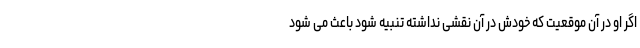
اگر او در آن موقعیت که خودش در آن نقشی نداشته تنبیه شود باعث می شود